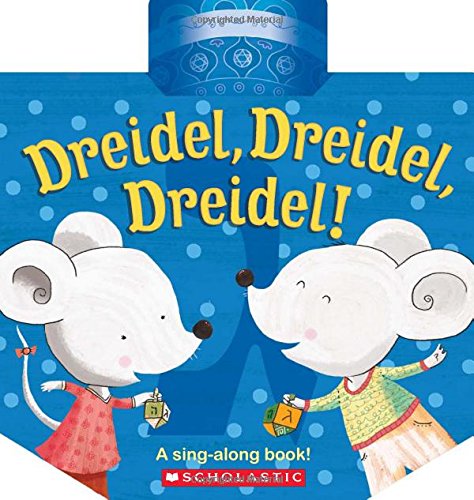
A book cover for Dreidel, Dreidel, Dreidel!; Children's Books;